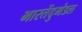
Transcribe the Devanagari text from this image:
भारतेंदुमंडल